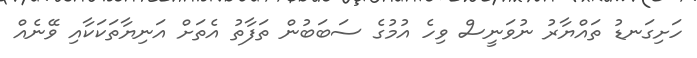
ހަށިގަނޑު ތައްޔާރު ނުވަނީސް ވިހެ އުމުގެ ސަބަބުން ތަފާތު އެތަށް އަނިޔާތަކަކާއި ވޭނެއް